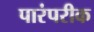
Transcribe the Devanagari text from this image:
पारंपरीक